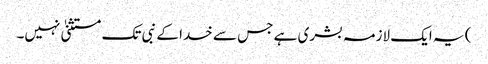
) یہ ایک لازمہ بشری ہے جس سے خدا کے نبی تک مستثنیٰ نہیں۔